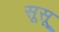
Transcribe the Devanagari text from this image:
सूसू